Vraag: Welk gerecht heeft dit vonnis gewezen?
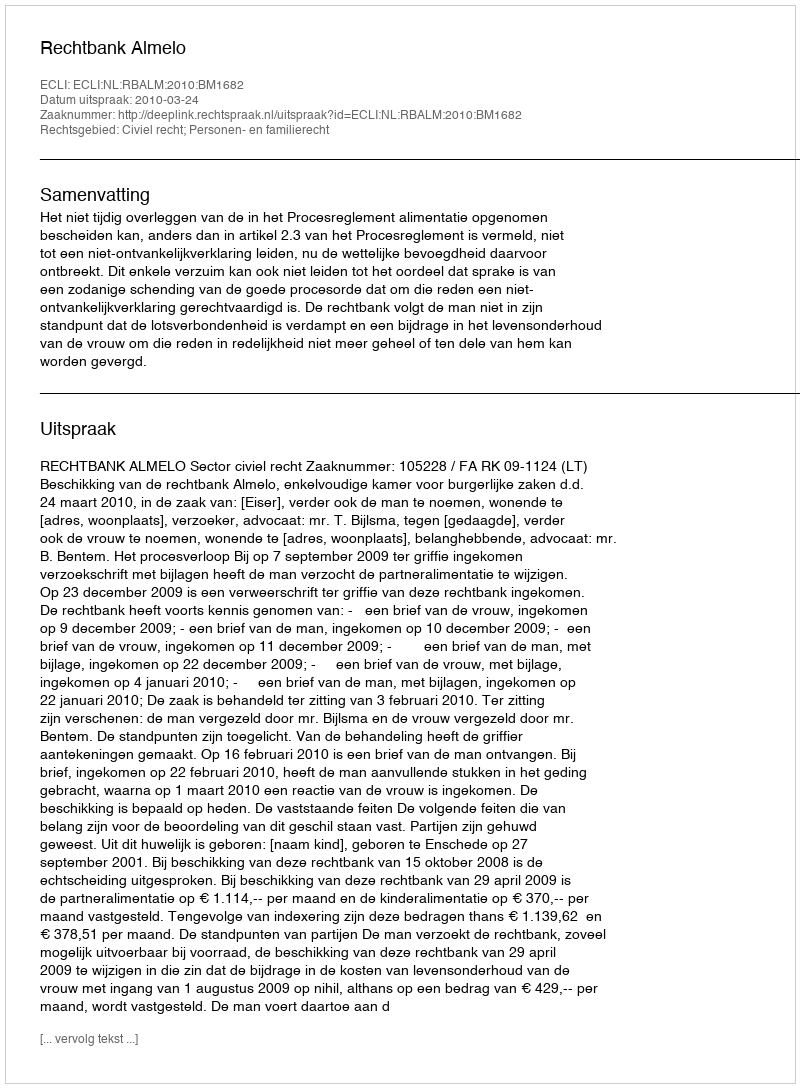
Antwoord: Rechtbank Almelo